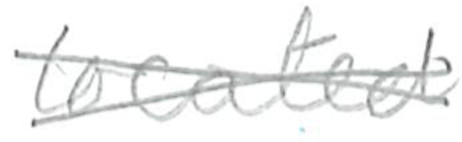
Text: located
Cross-out: cross
Writing tool: pencil